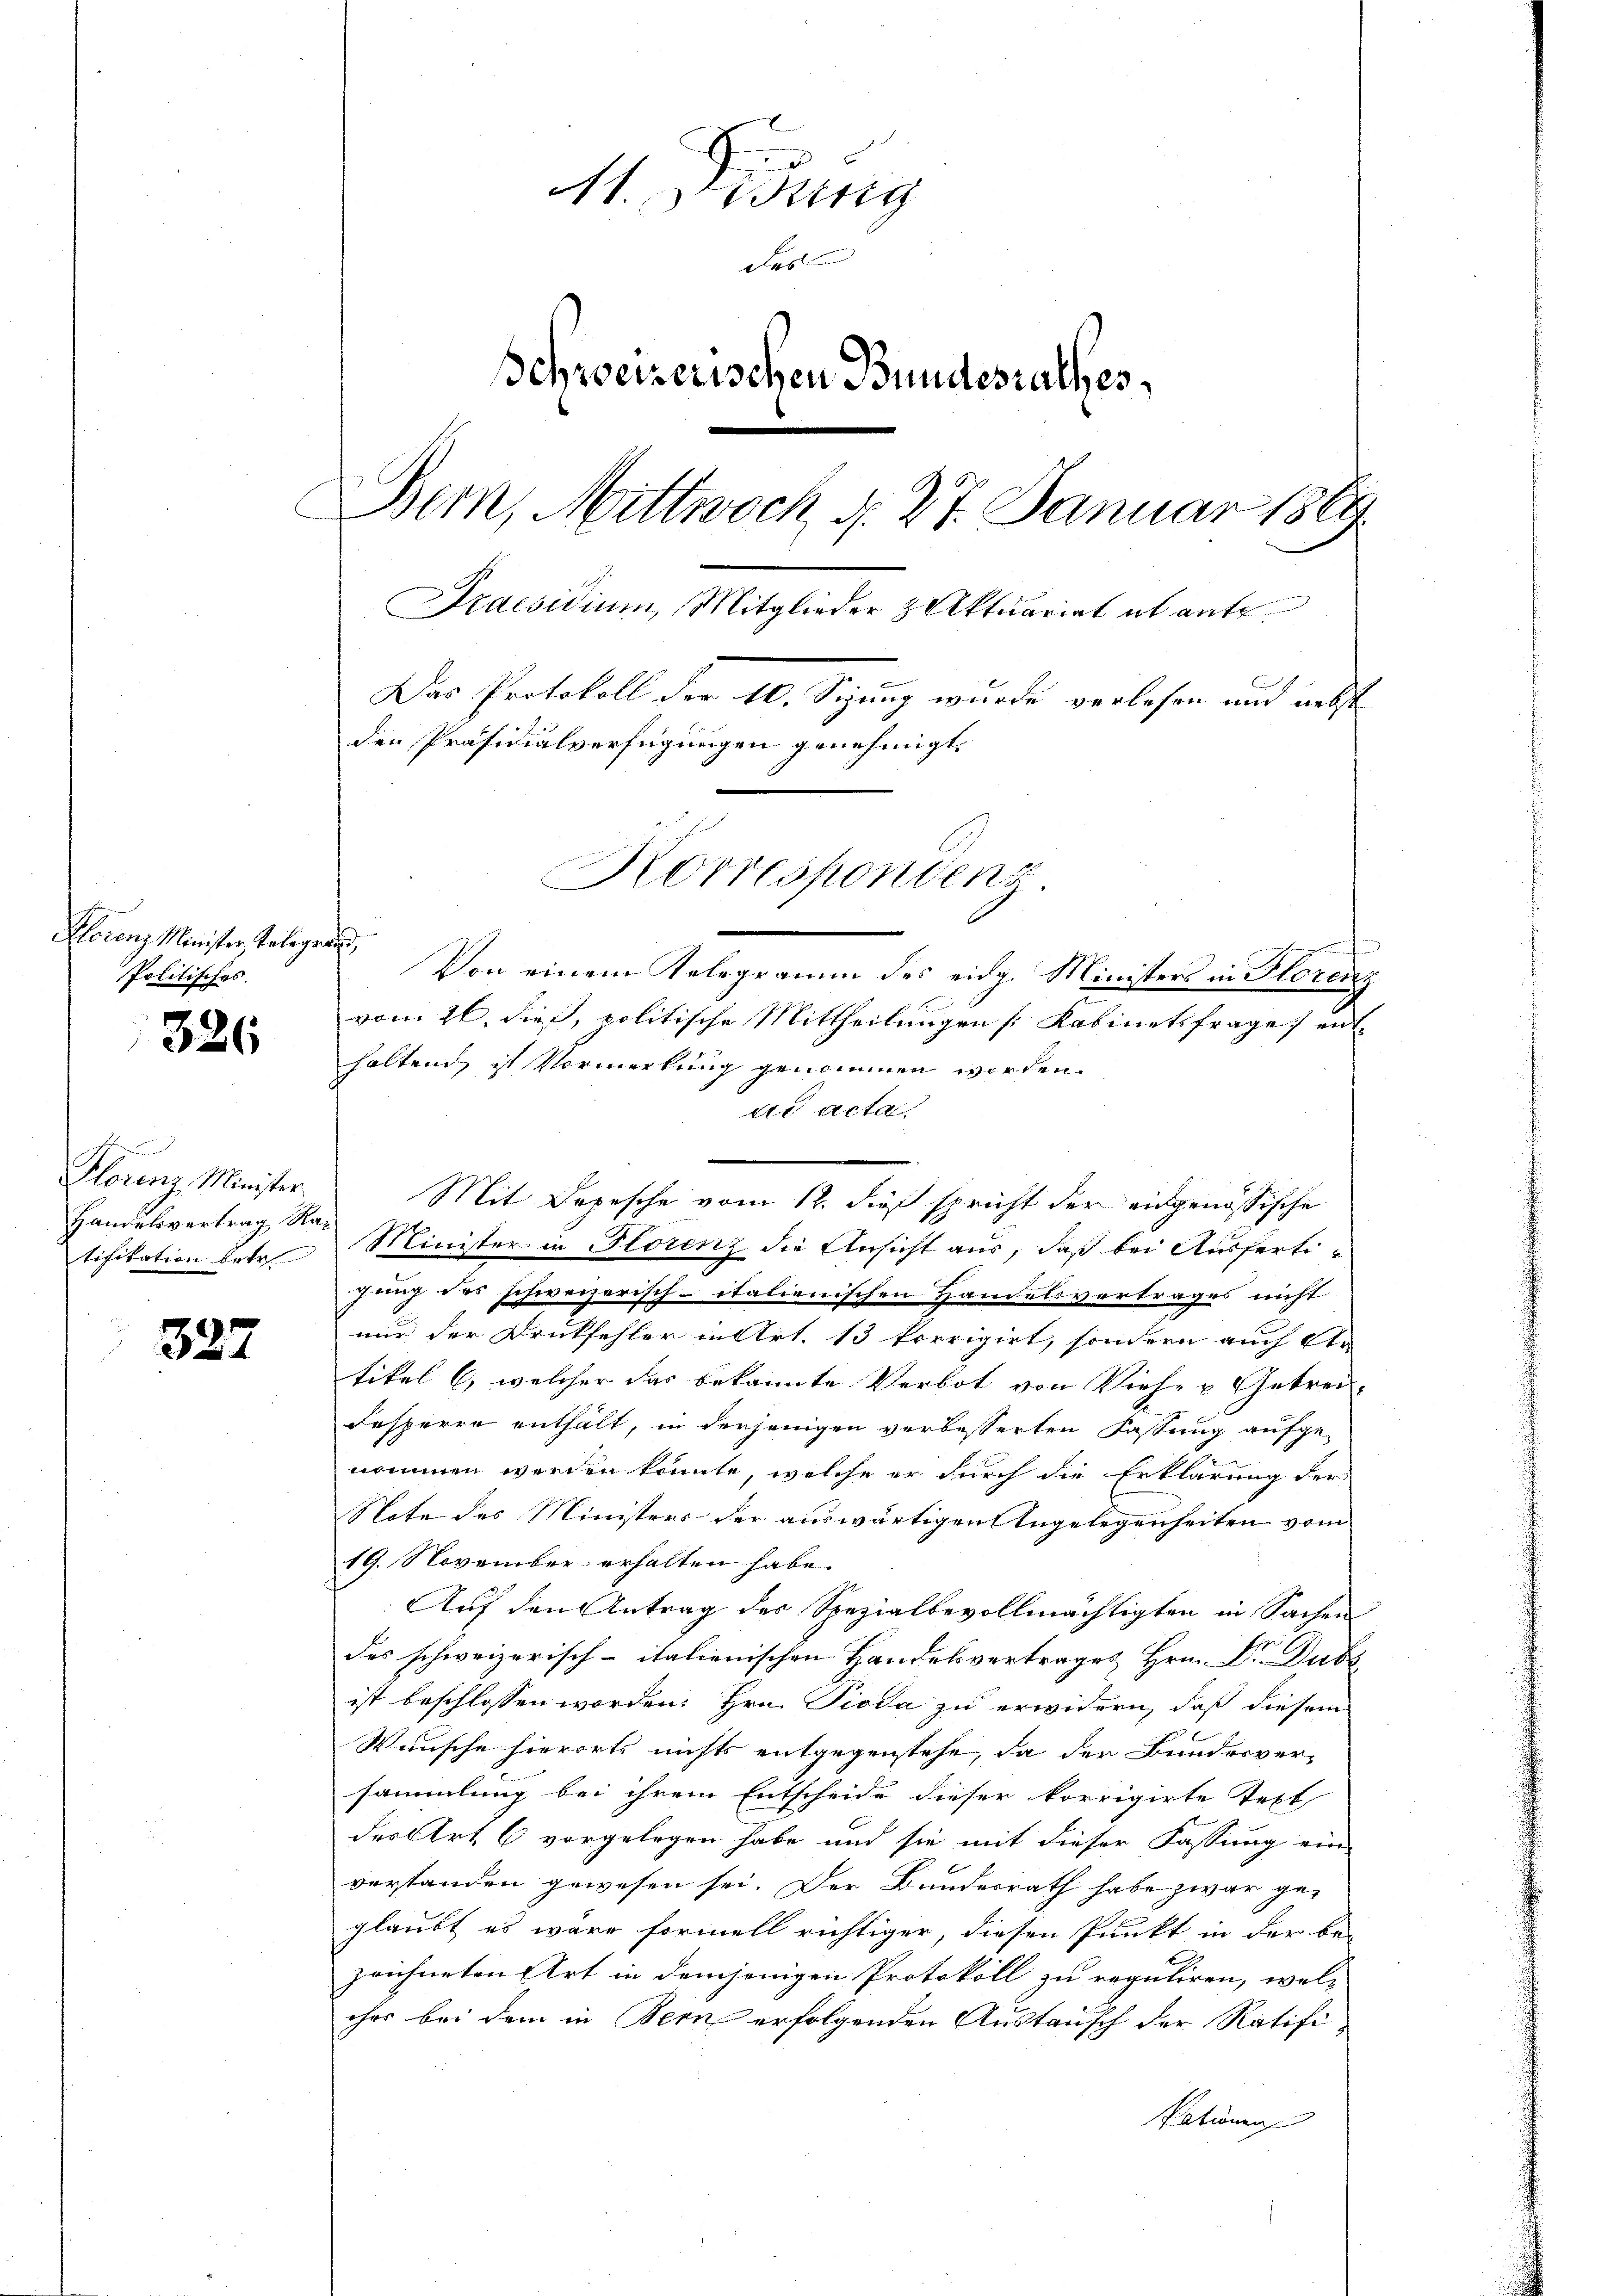
Florenz Minister Telegrand,
Politisches.

326

Florenz Minister
Handelsvertrag Ra¬

327

Von einem Telegramm des eidg. Ministers in Horenz
vom 26. dieß, politische Mittheilungen [Kabinetsfrage enthaltend ist Vormerkung genommen worden,
ad acta
Mit Depesche vom 12. dieß spricht der eidgenössische
tifikation betr. Minister in Florenz die Ansicht aus, daß bei Ausfertihung des schweizerisch-italienischen Handelsvertrages nicht
nur der Druckfehler in Art. 13 korrigirt, sondern auch der
tikel 6, welcher das bekannte Verbot von Viehe u Getrei-
Fesperre enthalt, in derjenigen verbesserten Fassung aufgenommen werden könnte, welche er durch die Erklärung der
Note des Ministers der auswärtigen Angelegenheiten vom
19. November erhalten habe.
Auf den Antrag des Spezialbevollmächtigten in Sachen
des schweizerisch-italienischen Handelsvertrages Hrn. Dr. Dubi
ist beschlossen worden. Hrn. Pioda zu erwidern, daß diesem
Wunsche hierorts nichts entgegenstehe, da der Bundesver-
sammlung bei ihrem Entscheide dieser korrigirte Text
der Art 6 vorgelegen habe und sie mit dieser Fassung ein-
verstanden gewesen sei. Der Bundesrath habe zwar ge-
glaubt es wäre formell richtiger, diesen Punkt in der be-
zeichneten Art in demjenigen Protokoll zu reguliren, wel
ches bei dem in Bern erfolgenden Austausch der Ratifi-
Nationen

At. Fidung
Fel
Schweizerischen Bundesrathes,
Bern, Mittwoch d. 27. Januar 1889
Prawidium, Mitglieder 3. Aktuariat ab ante.
Das Protokoll der 10. Sizung wurde verlesen und nebst
den Präsidialverfügungen genehmigt.

Korrespondens